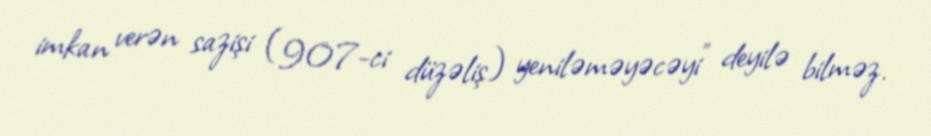
imkan verən sazişi (907-ci düzəliş) yeniləməyəcəyi” deyilə bilməz.